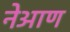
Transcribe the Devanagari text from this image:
नेआण